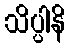
သိပ္ပါနိ